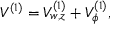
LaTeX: { \cal V } ^ { ( 1 ) } = { \cal V } _ { w , z } ^ { ( 1 ) } + { \cal V } _ { \phi } ^ { ( 1 ) } ,